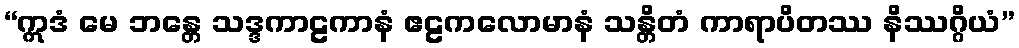
“ဣဒံ မေ ဘန္တေ သဒ္ဒကာဠကာနံ ဧဠကလောမာနံ သန္တိတံ ကာရာပိတဿ နိဿဂ္ဂိယံ”